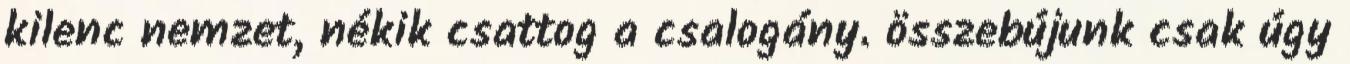
kilenc nemzet, nékik csattog a csalogány. összebújunk csak úgy